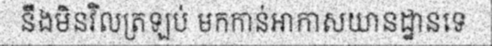
នឹងមិនវិលត្រឡប់ មកកាន់អាកាសយានដ្ឋានទេ